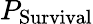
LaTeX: P_{\mathrm{Survival}}